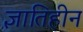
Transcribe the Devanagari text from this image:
ज्ञातिहीन